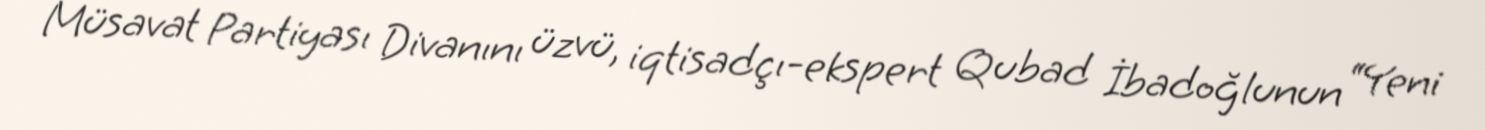
Müsavat Partiyası Divanını üzvü, iqtisadçı-ekspert Qubad İbadoğlunun “Yeni